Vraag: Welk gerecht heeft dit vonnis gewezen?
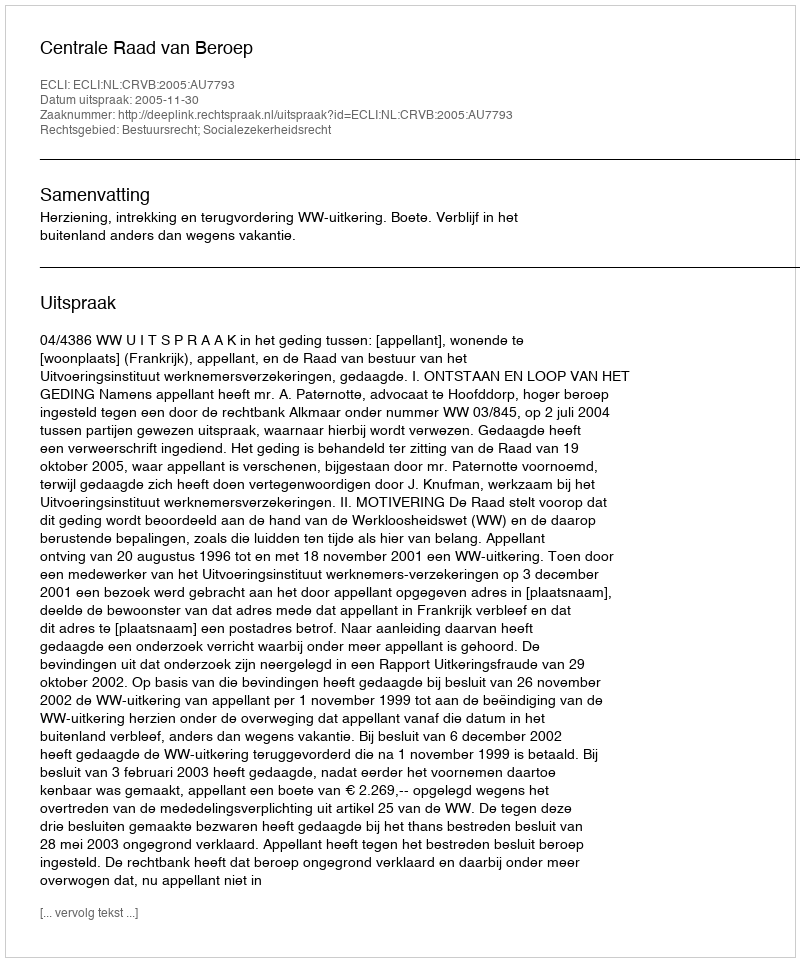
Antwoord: Centrale Raad van Beroep